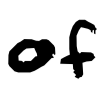
Text: of
Cross-out: clean
Writing tool: digital_black